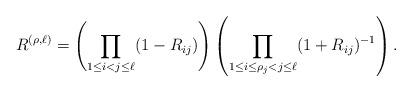
LaTeX: \begin{align*} R^{(\rho,\ell)} &= \left(\prod_{1\leq i<j\leq \ell} (1-R_{ij}) \right)\left(\prod_{1\leq i\leq \rho_j < j \leq \ell} (1+R_{ij})^{-1}\right).\end{align*}